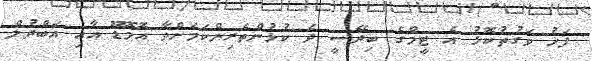
ފަހު ވަގުތުކޮޅު އެ ޓީމްގެ ބިދޭސީ ދެ ކުޅުންތެރިންކަމަށްވާ އޮމޮޑޫ އާއި އަބްދުލް